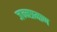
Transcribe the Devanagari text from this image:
जन्मप्रमाण